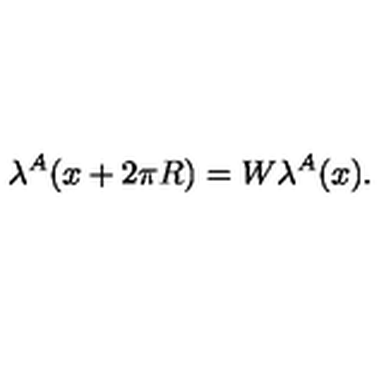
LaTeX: \lambda ^ { A } ( x + 2 \pi R ) = W \lambda ^ { A } ( x ) .